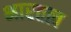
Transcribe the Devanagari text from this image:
भारतत्व